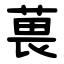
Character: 葨